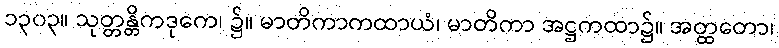
၁၃၀၃။ သုတ္တန္တိကဒုကေ၊ ၌။ မာတိကာကထာယံ၊ မာတိကာ အဋ္ဌကထာ၌။ အတ္ထတော၊